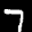
Label: 7